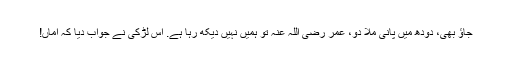
جاؤ بھی، دودھ میں پانی ملا دو، عمر رضی اللہ عنہ تو ہمیں نہیں دیکھ رہا ہے. اس لڑکی نے جواب دیا کہ اماں!